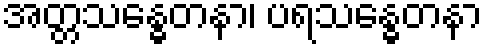
အတ္တသန္ဓေတနာ၊ ပရသန္ဓေတနာ